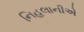
નિહલાનીએ